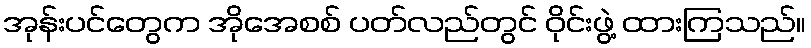
အုန်းပင်တွေက အိုအေစစ် ပတ်လည်တွင် ဝိုင်းဖွဲ့ ထားကြသည်။